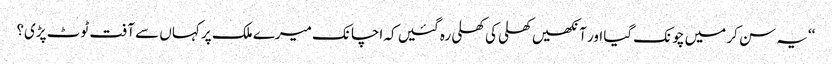
‘‘یہ سن کر میں چونک گیا اور آنکھیں کھلی کی کھلی رہ گئیں کہ اچانک میرے ملک پر کہاں سے آفت ٹوٹ پڑی؟